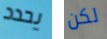
يحدد لكن